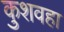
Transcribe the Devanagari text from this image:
कुशवहा